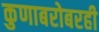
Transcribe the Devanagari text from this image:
कुणाबरोबरही